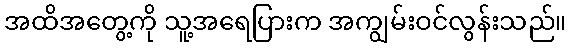
အထိအတွေ့ကို သူ့အရေပြားက အကျွမ်းဝင်လွန်းသည်။